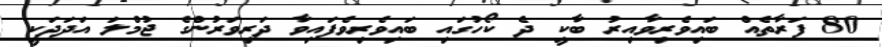
80 ފަރާތެއް ބައިވެރިވާއިރު ބާކީ ދެ ކޯހުގައި ބައިވެރިވެފައިވާ ދަރިވަރުންގެ ޖުމްލަ އަދަދަކީ